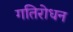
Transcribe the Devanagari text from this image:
गतिरोधन